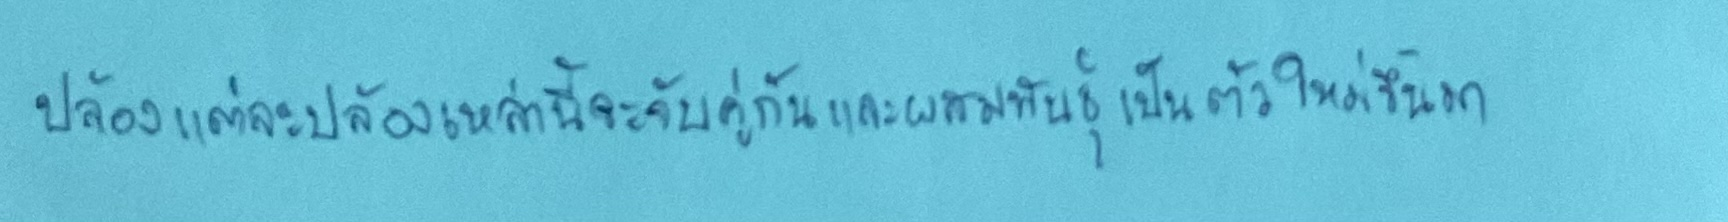
ปล้องแต่ละปล้องเหล่านี้จะจับคู่กันและผสมพันธุ์เป็นตัวใหม่ขึ้นมา